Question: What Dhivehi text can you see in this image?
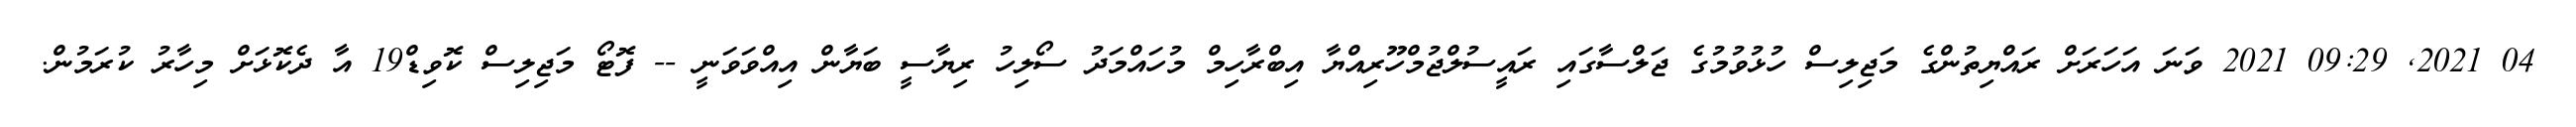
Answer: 04 2021, 09:29 2021 ވަނަ އަހަރަށް ރައްޔިތުންގެ މަޖިލިސް ހުޅުވުމުގެ ޖަލްސާގައި ރައީސުލްޖުމްހޫރިއްޔާ އިބްރާހިމް މުހައްމަދު ސޯލިހު ރިޔާސީ ބަޔާން އިއްވަވަނީ -- ފޮޓޯ މަޖިލިސް ކޮވިޑް19 އާ ދެކޮޅަށް މިހާރު ކުރަމުން.